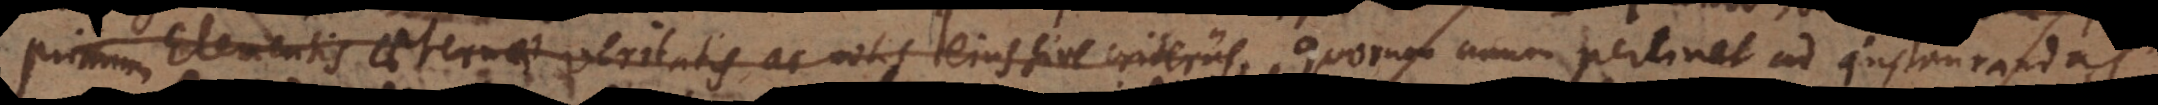
primum Elementis aeternae veritatis ac notis ejus sive criteriis, unum pertinet ad instaurandas